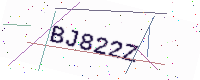
Text: BJ822Z